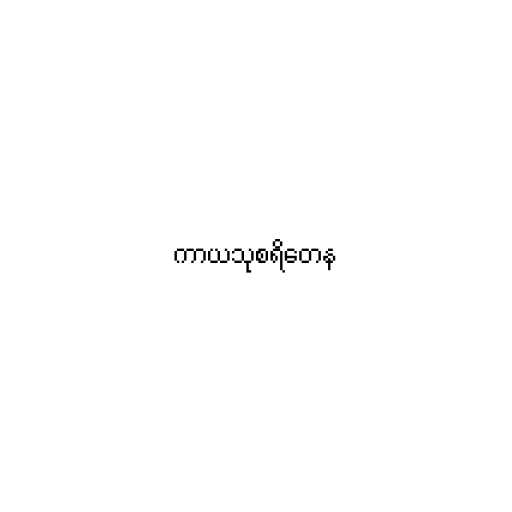
ကာယသုစရိတေန